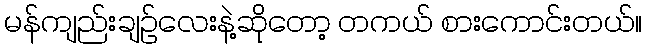
မန်ကျည်းချဉ်လေးနဲ့ဆိုတော့ တကယ် စားကောင်းတယ်။